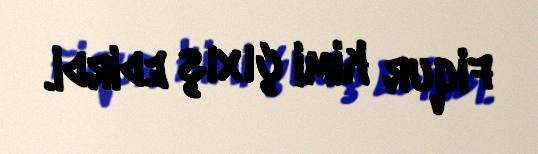
fiqur kimi çıxış edirdi.